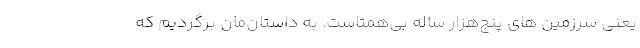
یعنی سرزمین های پنج‌هزار ساله بی‌همتاست. به داستان‌مان برگردیم که